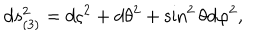
d s _ { ( 3 ) } ^ { 2 } = d \varsigma ^ { 2 } + d \theta ^ { 2 } + \sin ^ { 2 } \theta d \varphi ^ { 2 } ,